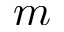
m